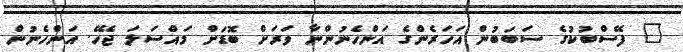
" ފޭސްބުކުގެ ސަބަބުން އަހަރެންގެ އަންހެނުންނާ ވަރަށް ބޮޑަށް މައްސަލަ ޖެހޭ. އަންހެނުން